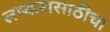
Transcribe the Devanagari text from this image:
लष्करासाठीचा